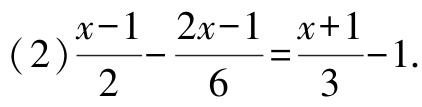
(2)$\frac{x - 1}{2} - \frac{2x - 1}{6} = \frac{x + 1}{3} - 1$.